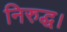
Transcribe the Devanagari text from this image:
निरुद्ध।